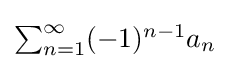
{\textstyle \sum _{n=1}^{\infty }(-1)^{n-1}a_{n}\!}